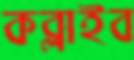
কব্‌লাইব